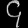
Digit: ၄